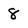
Character: 8